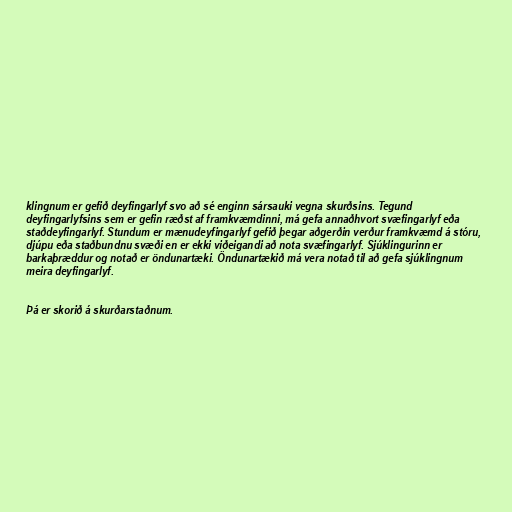
klingnum er gefið deyfingarlyf svo að sé enginn sársauki vegna skurðsins. Tegund
deyfingarlyfsins sem er gefin ræðst af framkvæmdinni, má gefa annaðhvort svæfingarlyf eða
staðdeyfingarlyf. Stundum er mænudeyfingarlyf gefið þegar aðgerðin verður framkvæmd á stóru,
djúpu eða staðbundnu svæði en er ekki viðeigandi að nota svæfingarlyf. Sjúklingurinn er
barkaþræddur og notað er öndunartæki. Öndunartækið má vera notað til að gefa sjúklingnum
meira deyfingarlyf.

Þá er skorið á skurðarstaðnum.